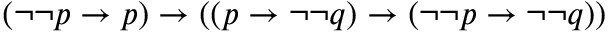
( \neg \neg p \to p ) \to ( ( p \to \neg \neg q ) \to ( \neg \neg p \to \neg \neg q ) )